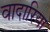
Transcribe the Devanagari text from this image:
वादारिया